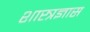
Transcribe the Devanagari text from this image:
शास्त्रज्ञास